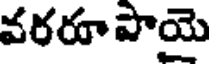
వరరూ పాయె